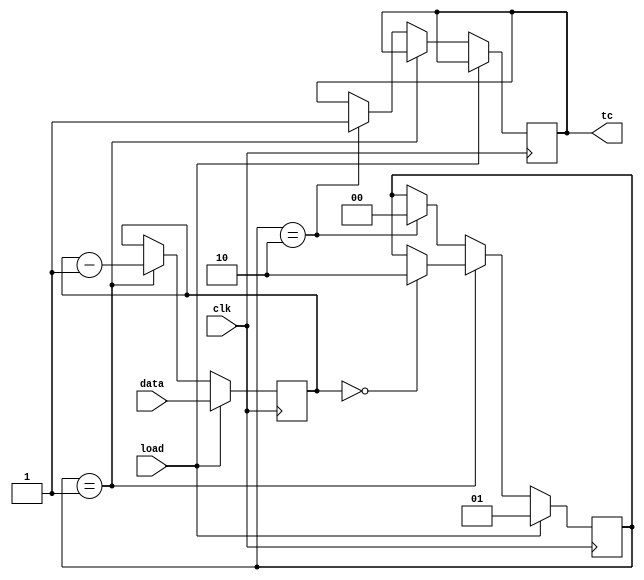
module top_module(
	input clk, 
	input load, 
	input [9:0] data, 
	output tc
);

	reg [9:0] counter = 0;
	reg [1:0] state = 0;

	always @(posedge clk) begin
		if (load) begin
			counter <= data;
			state <= 1;
		end else begin
			if (state == 1) begin
				counter <= counter - 1;
				if (counter == 0) begin
					state <= 2;
				end
			end else if (state == 2) begin
				tc <= 1;
				state <= 0;
			end
		end
	end

endmodule